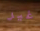
غير